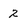
Character: 2